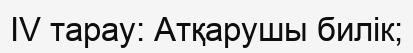
IV тарау: Атқарушы билік;